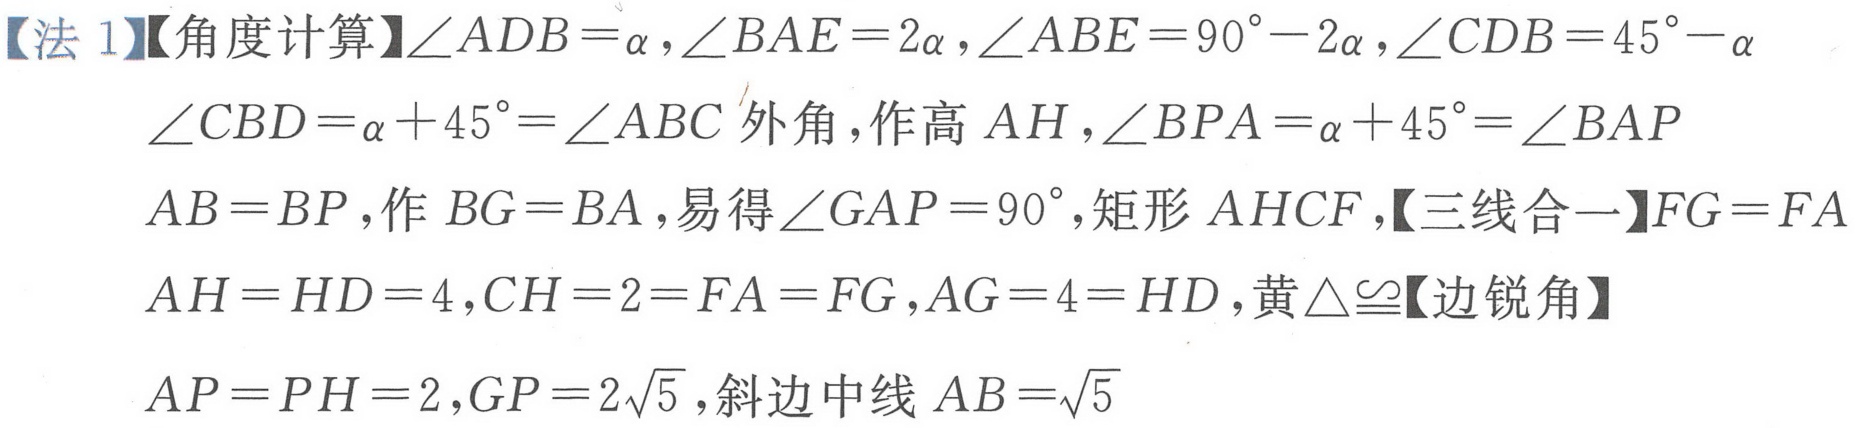
【法 1】【角度计算】\(\angle ADB=\alpha,\angle BAE = 2\alpha,\angle ABE = 90^{\circ}-2\alpha,\angle CDB = 45^{\circ}-\alpha\)
\(\angle CBD=\alpha + 45^{\circ}=\angle ABC\) 外角，作高 \(AH\)，\(\angle BPA=\alpha + 45^{\circ}=\angle BAP\)
\(AB = BP\)，作 \(BG = BA\)，易得\(\angle GAP = 90^{\circ}\)，矩形 \(AHCF\)，【三线合一】\(FG = FA\)
\(AH = HD = 4,CH = 2=FA = FG,AG = 4=HD\)，黄\(\triangle\cong\)【边锐角】
\(AP = PH = 2,GP = 2\sqrt{5}\)，斜边中线 \(AB=\sqrt{5}\)